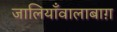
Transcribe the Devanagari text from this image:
जालियाँवालाबाग़